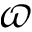
\varpi